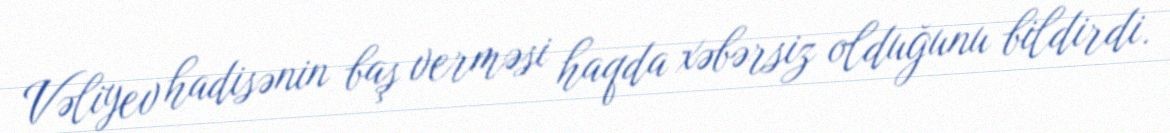
Vəliyev hadisənin baş verməsi haqda xəbərsiz olduğunu bildirdi.